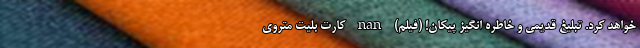
خواهد کرد. تبلیغ قدیمى و خاطره انگیز پیکان! (فیلم) nan کارت بلیت متروی